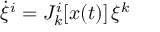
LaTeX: \dot { \xi } ^ { i } = { \cal J } _ { k } ^ { i } [ x ( t ) ] \, \xi ^ { k }